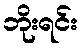
ဘိုးရင်း